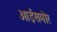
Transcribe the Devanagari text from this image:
आईसमोर